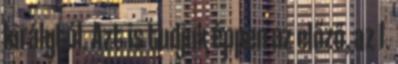
királytól. Azt is tudjuk éppen az előző, az I.